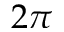
2 \pi